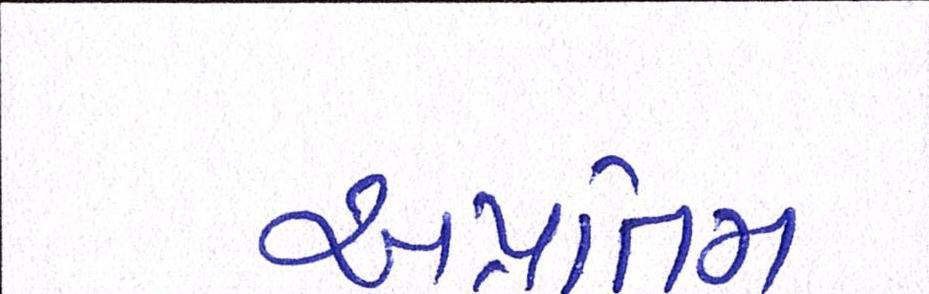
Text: અપ્રતિમ